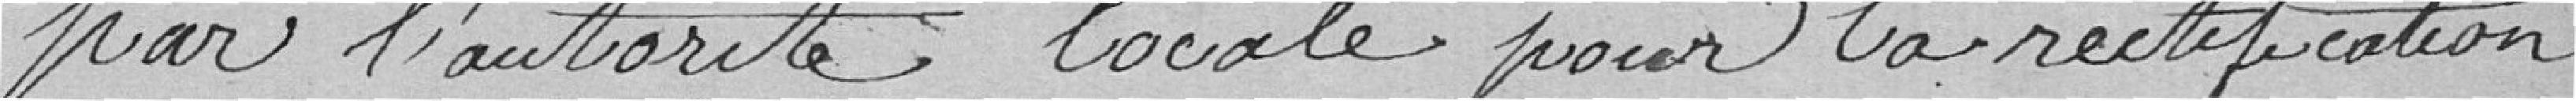
par l'autorité locale pour la rectification